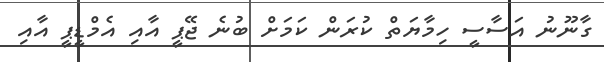
ގާނޫނު އަސާސީ ހިމާޔަތް ކުރަން ކަމަށް ބުނެ ޖޭޕީ އާއި އެމްޑީޕީ އާއި